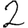
Digit: 2